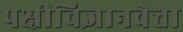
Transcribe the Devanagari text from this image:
पक्षीविज्ञानवेत्ता